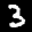
Label: 3